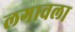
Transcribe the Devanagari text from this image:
लगावला